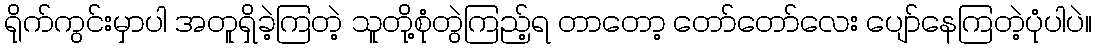
ရိုက်ကွင်းမှာပါ အတူရှိခဲ့ကြတဲ့ သူတို့စုံတွဲကြည့်ရ တာတော့ တော်တော်လေး ပျော်နေကြတဲ့ပုံပါပဲ။